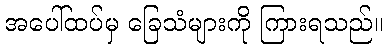
အပေါ်ထပ်မှ ခြေသံများကို ကြားရသည်။